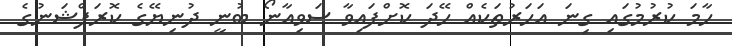
ހާމަ ކުރުމުގައި ގިނަ އަހަރުތަކެއް ހޭދަ ކޮށްފައިވާ ސަވިއާނޯ ބުނީ ދުނިޔޭގެ ކޮރަޕްޝަނުގެ